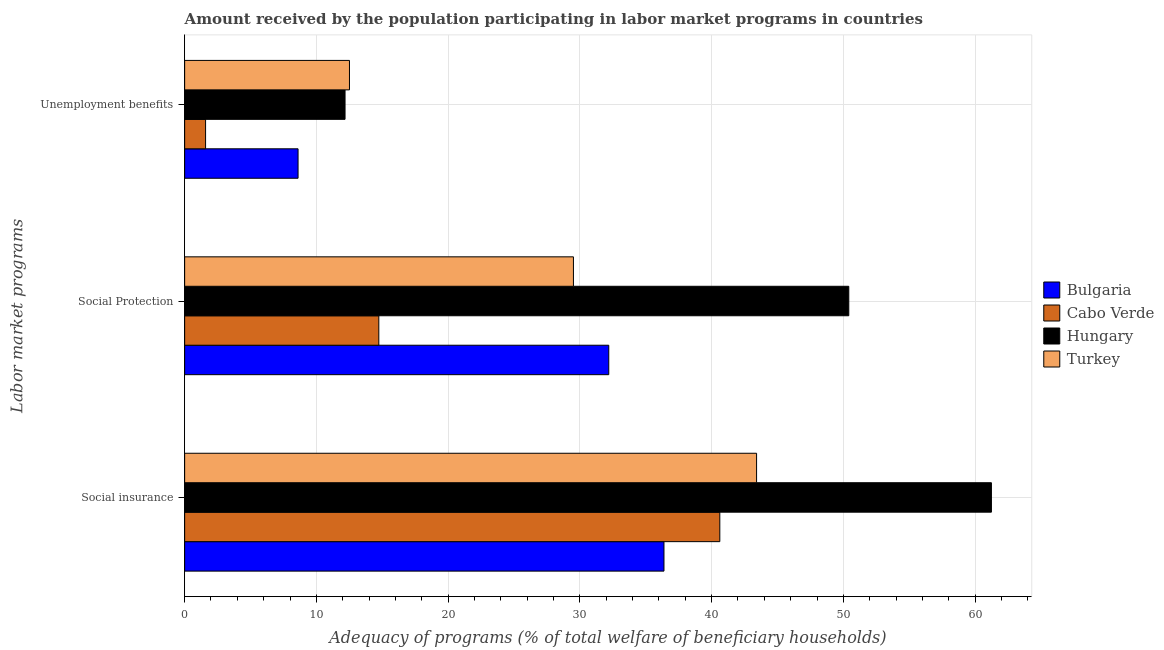
| Labor market programs | Bulgaria | Cabo Verde | Hungary | Turkey |
 | --- | --- | --- | --- | --- |
 | Social insurance | 36.4 | 40.6 | 61.2 | 43.4 |
 | Social Protection | 32.2 | 14.7 | 50.4 | 29.5 |
 | Unemployment benefits | 8.61 | 1.59 | 12.2 | 12.5 |